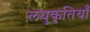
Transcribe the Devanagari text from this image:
लघुकृतियाँ